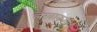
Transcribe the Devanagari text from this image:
लेखाकारी